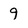
Character: 9